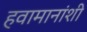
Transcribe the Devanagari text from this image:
हवामानांशी